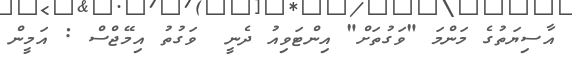
އާސިޔަތުގެ މަންމަ "ވަގުތަށް" އިންޓަވިއު ދެނީ  ވަގުތު އިމޭޖްސް : އަމީން